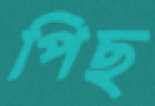
পিছ